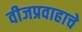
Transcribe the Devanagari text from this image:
वीजप्रवाहाचे